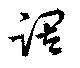
調